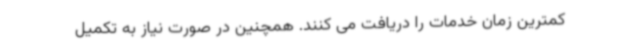
کمترین زمان خدمات را دریافت می کنند. همچنین در صورت نیاز به تکمیل